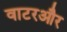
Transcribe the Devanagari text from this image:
वाटरऔर